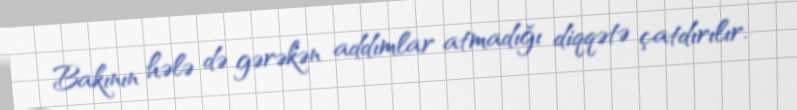
Bakının hələ də gərəkən addımlar atmadığı diqqətə çatdırılır.